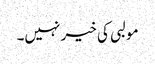
مولبی کی خیر نہیں۔